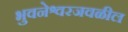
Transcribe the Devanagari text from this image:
भुवनेश्वरजवळील